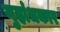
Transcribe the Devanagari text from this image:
गुहांधकार